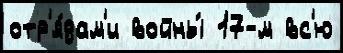
отр'я́дам'и войны́ 17-м вс'ю